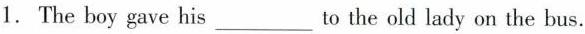
1. The boy gave his___to the old lady on the bus.